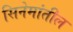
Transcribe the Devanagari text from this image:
सिनेमांतील